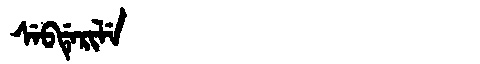
Manchu: ᠰᡝᠪᡩᡝᡵᡳᠯᡝ
Romanization: SEBDERILE